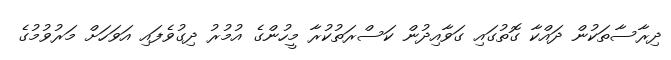
ދިރާސާތަކުން ދައްކާ ގޮތުގައި ގަވާއިދުން ކަސްރަތުކުރާ މީހުންގެ އުމުރު ދިގުވެފައި އަވަހަށް މަރުވުމުގެ